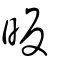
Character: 昄